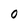
Character: O